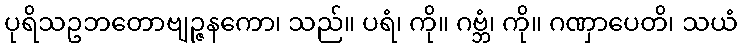
ပုရိသဥဘတောဗျဉ္ဇနကော၊ သည်။ ပရံ၊ ကို။ ဂဗ္ဘံ၊ ကို။ ဂဏှာပေတိ၊ သယံ